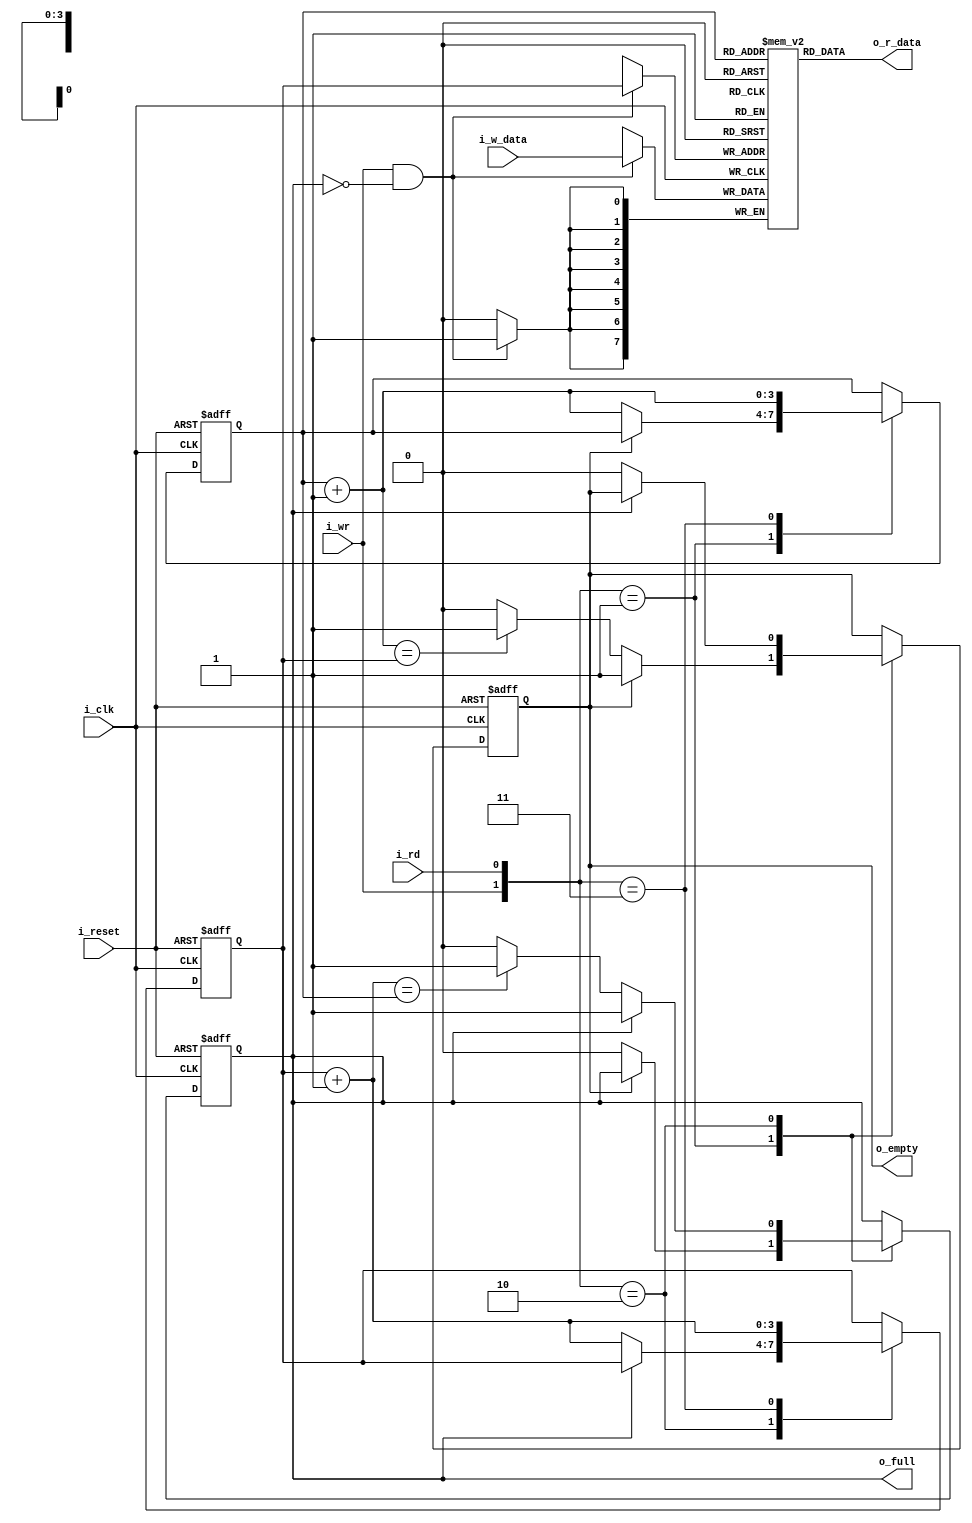
`timescale 1ns / 1ps
module fifo
#(
	parameter B = 8,	//bits in a word
	parameter W = 4 	//number of address bits
)
(
	input	wire				i_clk,
	input	wire				i_reset,
	input 	wire				i_rd,
	input 	wire				i_wr,
	input 	wire	[B-1:0] 	i_w_data,
	output 	wire 				o_empty,
	output 	wire				o_full,
	output 	wire 	[B-1:0] 	o_r_data
);

//signals
reg [B-1:0] array_reg [2**W-1:0];
reg [W-1:0] w_ptr_reg, w_ptr_next, w_ptr_succ;
reg [W-1:0] r_ptr_reg, r_ptr_next, r_ptr_succ;
reg full_reg, empty_reg, full_next, empty_next;

wire 		wr_en;

//register file write operation
always @(posedge i_clk)
	if (wr_en)
		array_reg [w_ptr_reg] <= i_w_data;
	
//register file read operation
assign o_r_data = array_reg [r_ptr_reg];
//write enabled only when FIFO is not full
assign wr_en = i_wr & ~full_reg;

//fifo control logic
//register for read and write pointers
always @(posedge i_clk, posedge i_reset)
begin

	if(i_reset) begin

		w_ptr_reg <=0;
		r_ptr_reg <=0;
		full_reg <= 1'b0;
		empty_reg <= 1'b1;

	end else begin

		w_ptr_reg <= w_ptr_next;
		r_ptr_reg <= r_ptr_next;
		full_reg <= full_next;
		empty_reg <= empty_next;

	end
end


//next_state logic for read and write pointers
always @ (*)
begin

	//succesive pointer values
	w_ptr_succ = w_ptr_reg + 1;
	r_ptr_succ = r_ptr_reg + 1;

	//default: keep old vlaues
	w_ptr_next = w_ptr_reg;
	r_ptr_next = r_ptr_reg;
	full_next = full_reg;
	empty_next = empty_reg;
	
	case({i_wr,i_rd})
		//2'b00: no op
		2'b01: //read
			if(~empty_reg) //not empty
				begin
					r_ptr_next = r_ptr_succ;
					full_next = 1'b0;
					if(r_ptr_succ == w_ptr_reg)
						empty_next = 1'b1;
				end
		2'b10: //write
			if(~full_reg) //not full
				begin
					w_ptr_next = w_ptr_succ;
					empty_next = 1'b0;
					if(w_ptr_succ==r_ptr_reg)
						full_next = 1'b1;
				end
		2'b11: //write and read
			begin
				w_ptr_next = w_ptr_succ;
				r_ptr_next = r_ptr_succ;
			end
		//default: 
		//	begin
		//		
		//	end
	endcase
end

//output
assign o_full 	= 	full_reg;
assign o_empty = 	empty_reg;

endmodule